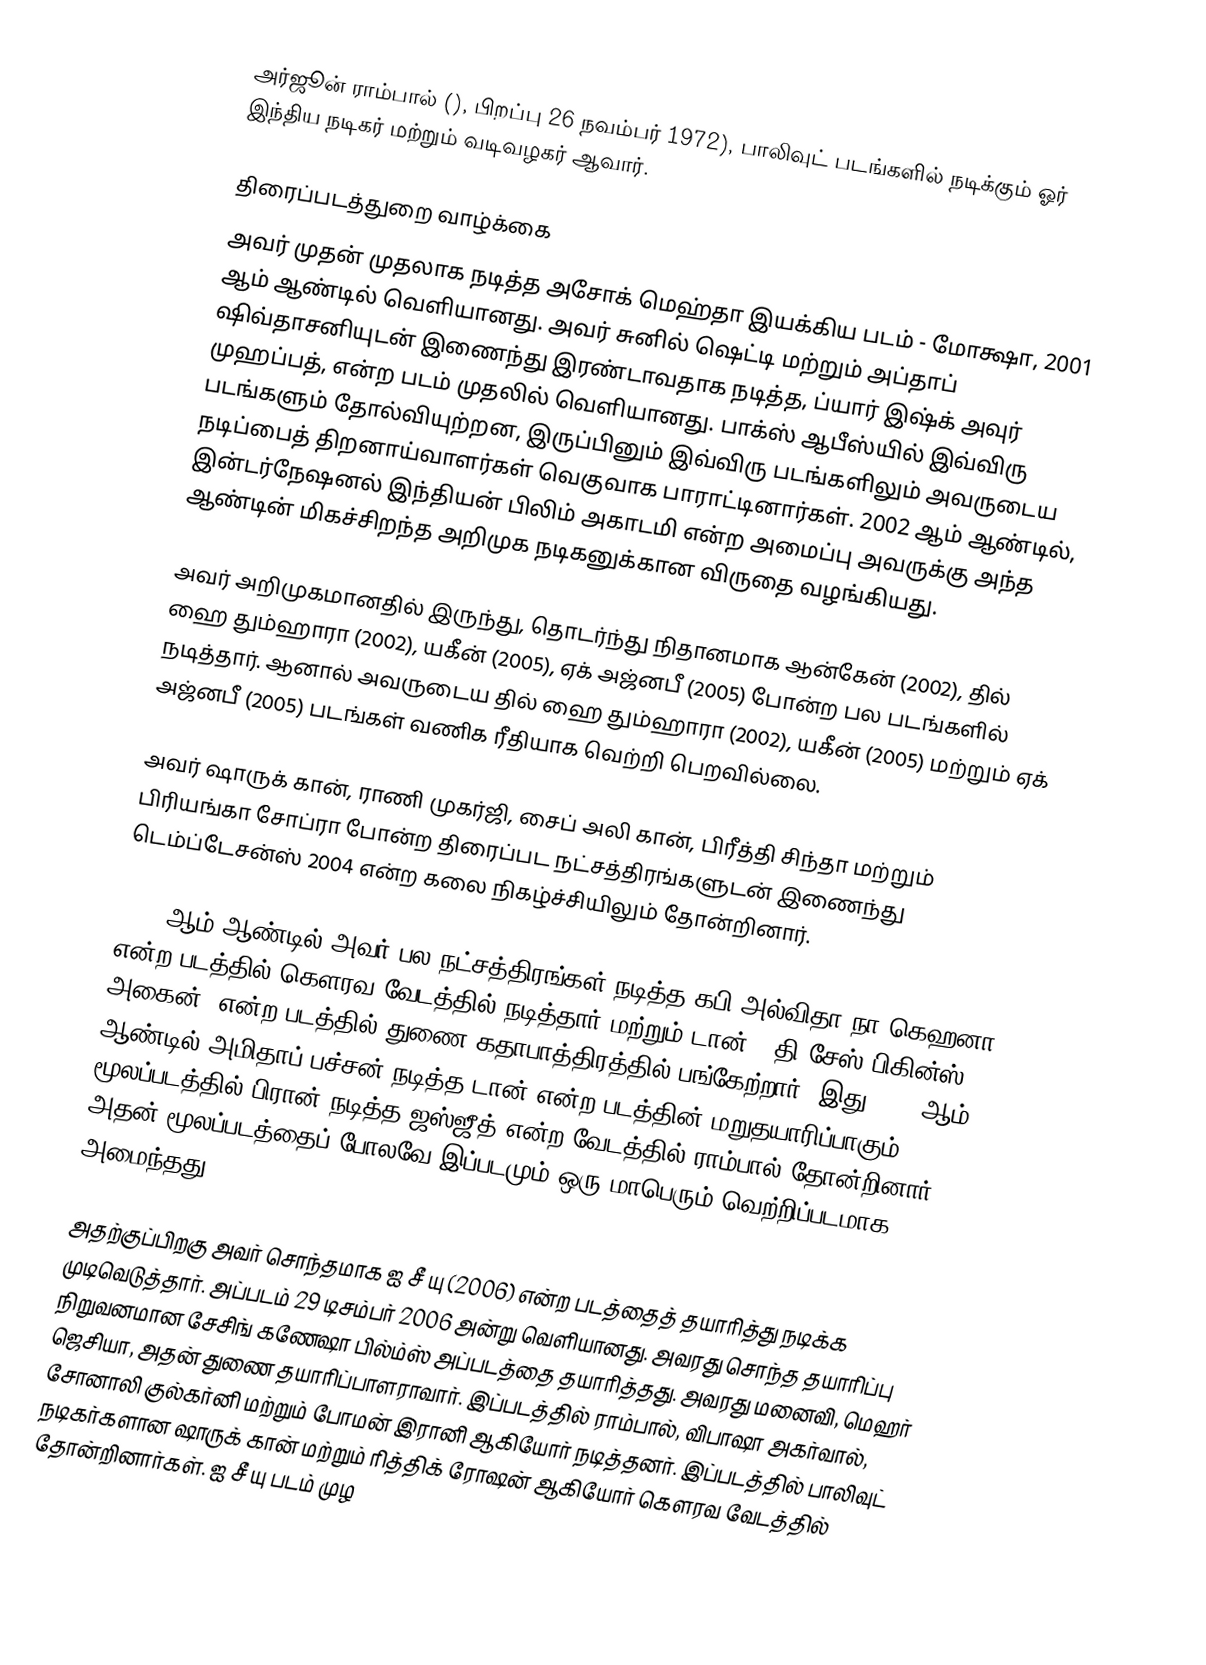
அர்ஜூன் ராம்பால் (), பிறப்பு 26 நவம்பர் 1972), பாலிவுட் படங்களில் நடிக்கும் ஓர் இந்திய நடிகர் மற்றும் வடிவழகர் ஆவார்.

திரைப்படத்துறை வாழ்க்கை
அவர் முதன் முதலாக நடித்த அசோக் மெஹ்தா இயக்கிய படம் - மோக்ஷா, 2001 ஆம் ஆண்டில் வெளியானது. அவர் சுனில் ஷெட்டி மற்றும் அப்தாப் ஷிவ்தாசனியுடன் இணைந்து இரண்டாவதாக நடித்த, ப்யார் இஷ்க் அவுர் முஹப்பத், என்ற படம் முதலில் வெளியானது. பாக்ஸ் ஆபீஸ்யில் இவ்விரு படங்களும் தோல்வியுற்றன, இருப்பினும் இவ்விரு படங்களிலும் அவருடைய நடிப்பைத் திறனாய்வாளர்கள் வெகுவாக பாராட்டினார்கள். 2002 ஆம் ஆண்டில், இன்டர்நேஷனல் இந்தியன் பிலிம் அகாடமி என்ற அமைப்பு அவருக்கு அந்த ஆண்டின் மிகச்சிறந்த அறிமுக நடிகனுக்கான விருதை வழங்கியது.

அவர் அறிமுகமானதில் இருந்து, தொடர்ந்து நிதானமாக ஆன்கேன் (2002), தில் ஹை தும்ஹாரா (2002), யகீன் (2005), ஏக் அஜ்னபீ (2005) போன்ற பல படங்களில் நடித்தார். ஆனால் அவருடைய தில் ஹை தும்ஹாரா (2002), யகீன் (2005) மற்றும் ஏக் அஜ்னபீ (2005) படங்கள் வணிக ரீதியாக வெற்றி பெறவில்லை.

அவர் ஷாருக் கான், ராணி முகர்ஜி, சைப் அலி கான், பிரீத்தி சிந்தா மற்றும் பிரியங்கா சோப்ரா போன்ற திரைப்பட நட்சத்திரங்களுடன் இணைந்து டெம்ப்டேசன்ஸ் 2004 என்ற கலை நிகழ்ச்சியிலும் தோன்றினார்.

2006 ஆம் ஆண்டில் அவர் பல-நட்சத்திரங்கள் நடித்த கபி அல்விதா நா கெஹனா என்ற படத்தில் கௌரவ வேடத்தில் நடித்தார் மற்றும் டான் - தி சேஸ் பிகின்ஸ் அகைன், என்ற படத்தில் துணை கதாபாத்திரத்தில் பங்கேற்றார், இது 1978 ஆம் ஆண்டில் அமிதாப் பச்சன் நடித்த டான் என்ற படத்தின் மறுதயாரிப்பாகும். மூலப்படத்தில் பிரான் நடித்த ஜஸ்ஜீத் என்ற வேடத்தில் ராம்பால் தோன்றினார். அதன் மூலப்படத்தைப் போலவே இப்படமும் ஒரு மாபெரும் வெற்றிப்படமாக அமைந்தது.

அதற்குப்பிறகு அவர் சொந்தமாக ஐ சீ யு (2006) என்ற படத்தைத் தயாரித்து நடிக்க முடிவெடுத்தார். அப்படம் 29 டிசம்பர் 2006 அன்று வெளியானது. அவரது சொந்த தயாரிப்பு நிறுவனமான சேசிங் கணேஷா பில்ம்ஸ் அப்படத்தை தயாரித்தது. அவரது மனைவி, மெஹர் ஜெசியா, அதன் துணை தயாரிப்பாளராவார். இப்படத்தில் ராம்பால், விபாஷா அகர்வால், சோனாலி குல்கர்னி மற்றும் போமன் இரானி ஆகியோர் நடித்தனர். இப்படத்தில் பாலிவுட் நடிகர்களான ஷாருக் கான் மற்றும் ரித்திக் ரோஷன் ஆகியோர் கௌரவ வேடத்தில் தோன்றினார்கள். ஐ சீ யு படம் முழ